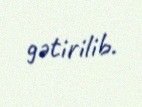
gətirilib.